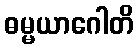
ဓမ္မယာဂေါတိ